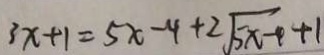
3 x + 1 = 5 x - 4 + 2 \sqrt { 5 x - 4 } + 1